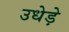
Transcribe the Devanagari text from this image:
उधेड़े